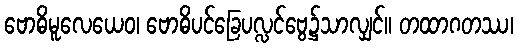
ဗောဓိမူလေယေဝ၊ ဗောဓိပင်ခြေပလ္လင်ဗွေ၌သာလျှင်။ တထာဂတဿ၊